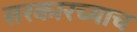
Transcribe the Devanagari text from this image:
सरकारच्याच